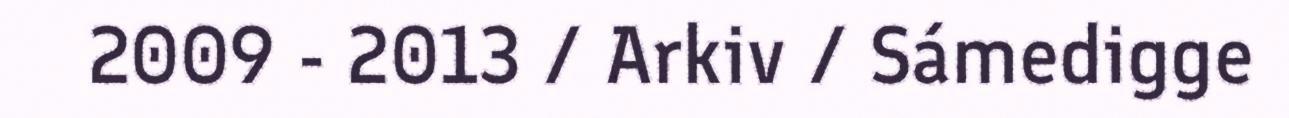
2009 - 2013 / Arkiv / Sámedigge